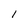
Character: I